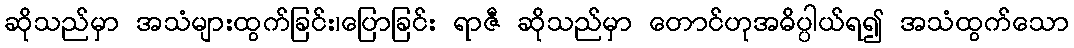
ဆိုသည်မှာ အသံများထွက်ခြင်း၊ပြောခြင်း ရာဇီ ဆိုသည်မှာ တောင်ဟုအဓိပ္ပါယ်ရ၍ အသံထွက်သော